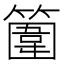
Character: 𥴞